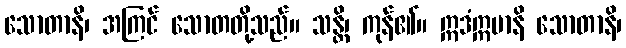
သောတာနိ၊ အကြင် သောတတို့သည်။ သန္တိ၊ ကုန်၏။ ဣဒံဣမာနိ သောတာနိ၊